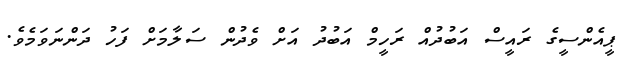
ޕީއެންސީގެ ރައީސް އަބުދުއް ރަހީމް އަބުދު އަށް ވެދުން ސަލާމަށް ފަހު ދަންނަވަމެވެ.